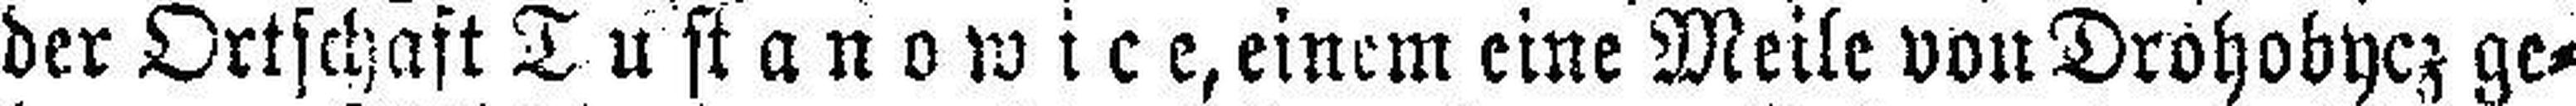
der Ortschaft Tustanowice, einem eine Meile von Drohobycz ge¬